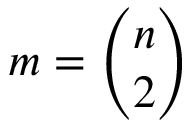
m = { \binom { n } { 2 } }